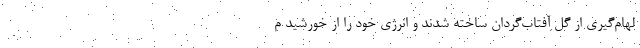
لهام‌گیری از گل آفتاب‌گردان ساخته شدند و انرژی خود را از خورشید م